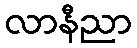
လာနီညာ